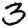
Digit: 3